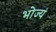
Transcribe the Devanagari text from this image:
भोज्यं